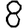
Digit: 8